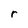
Character: r